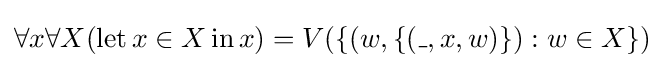
\forall x\forall X(\operatorname {let} x\in X\operatorname {in} x)=V(\{(w,\{(\_,x,w)\}):w\in X\})